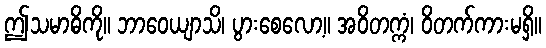
ဤသမာဓိကို။ ဘာဝေယျာသိ၊ ပွားစေလော့။ အဝိတက္ကံ၊ ဝိတက်ကားမရှိ။